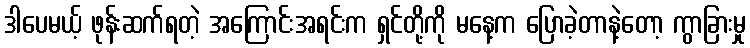
ဒါပေမယ့် ဖုန်းဆက်ရတဲ့ အကြောင်းအရင်းက ရှင်တို့ကို မနေ့က ပြောခဲ့တာနဲ့တော့ ကွာခြားမှု